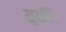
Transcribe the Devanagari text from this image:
तुर्की।